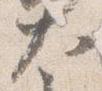
大